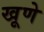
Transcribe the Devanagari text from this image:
खूणे